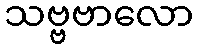
သဗ္ဗဗာလော